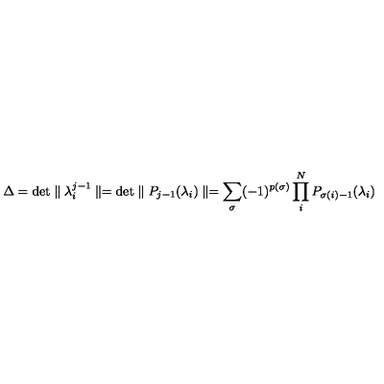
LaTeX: \Delta = \mathrm { d e t } \parallel \lambda _ { i } ^ { j - 1 } \parallel = \mathrm { d e t } \parallel P _ { j - 1 } ( \lambda _ { i } ) \parallel = \sum _ { \sigma } ( - 1 ) ^ { p ( \sigma ) } \prod _ { i } ^ { N } P _ { \sigma ( i ) - 1 } ( \lambda _ { i } )